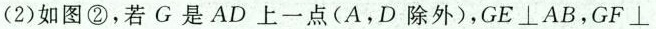
(2)如图②，若G是AD上一点(A，D除外)，GE⊥AB，GF⊥